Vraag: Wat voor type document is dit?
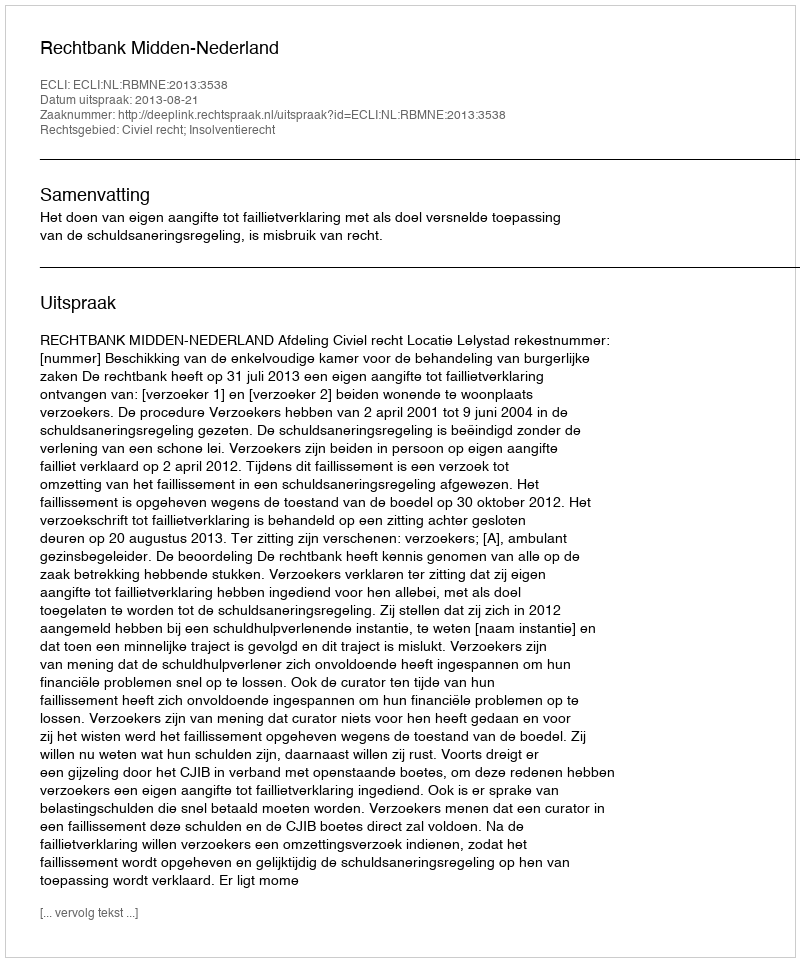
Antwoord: Uitspraak